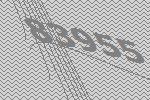
83955